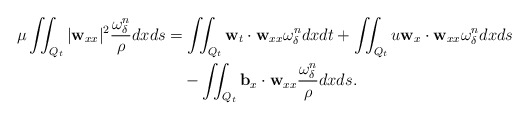
\begin{align*} \mu\iint_{Q_t}|\mathbf{w}_{xx}|^2\frac{ \omega_\delta ^n}{\rho}dxds &=\iint_{Q_t} \mathbf{w}_t\cdot \mathbf{w}_{xx} \omega_\delta ^n dxdt+\iint_{Q_t} u\mathbf{w}_x\cdot \mathbf{w}_{xx} \omega_\delta ^n dxds\\ &\quad-\iint_{Q_t} \mathbf{b}_x\cdot \mathbf{w}_{xx} \frac{ \omega_\delta ^n}{\rho} dxds. \end{align*}